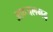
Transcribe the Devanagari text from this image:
अफ़जलगढ़